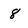
Character: 8